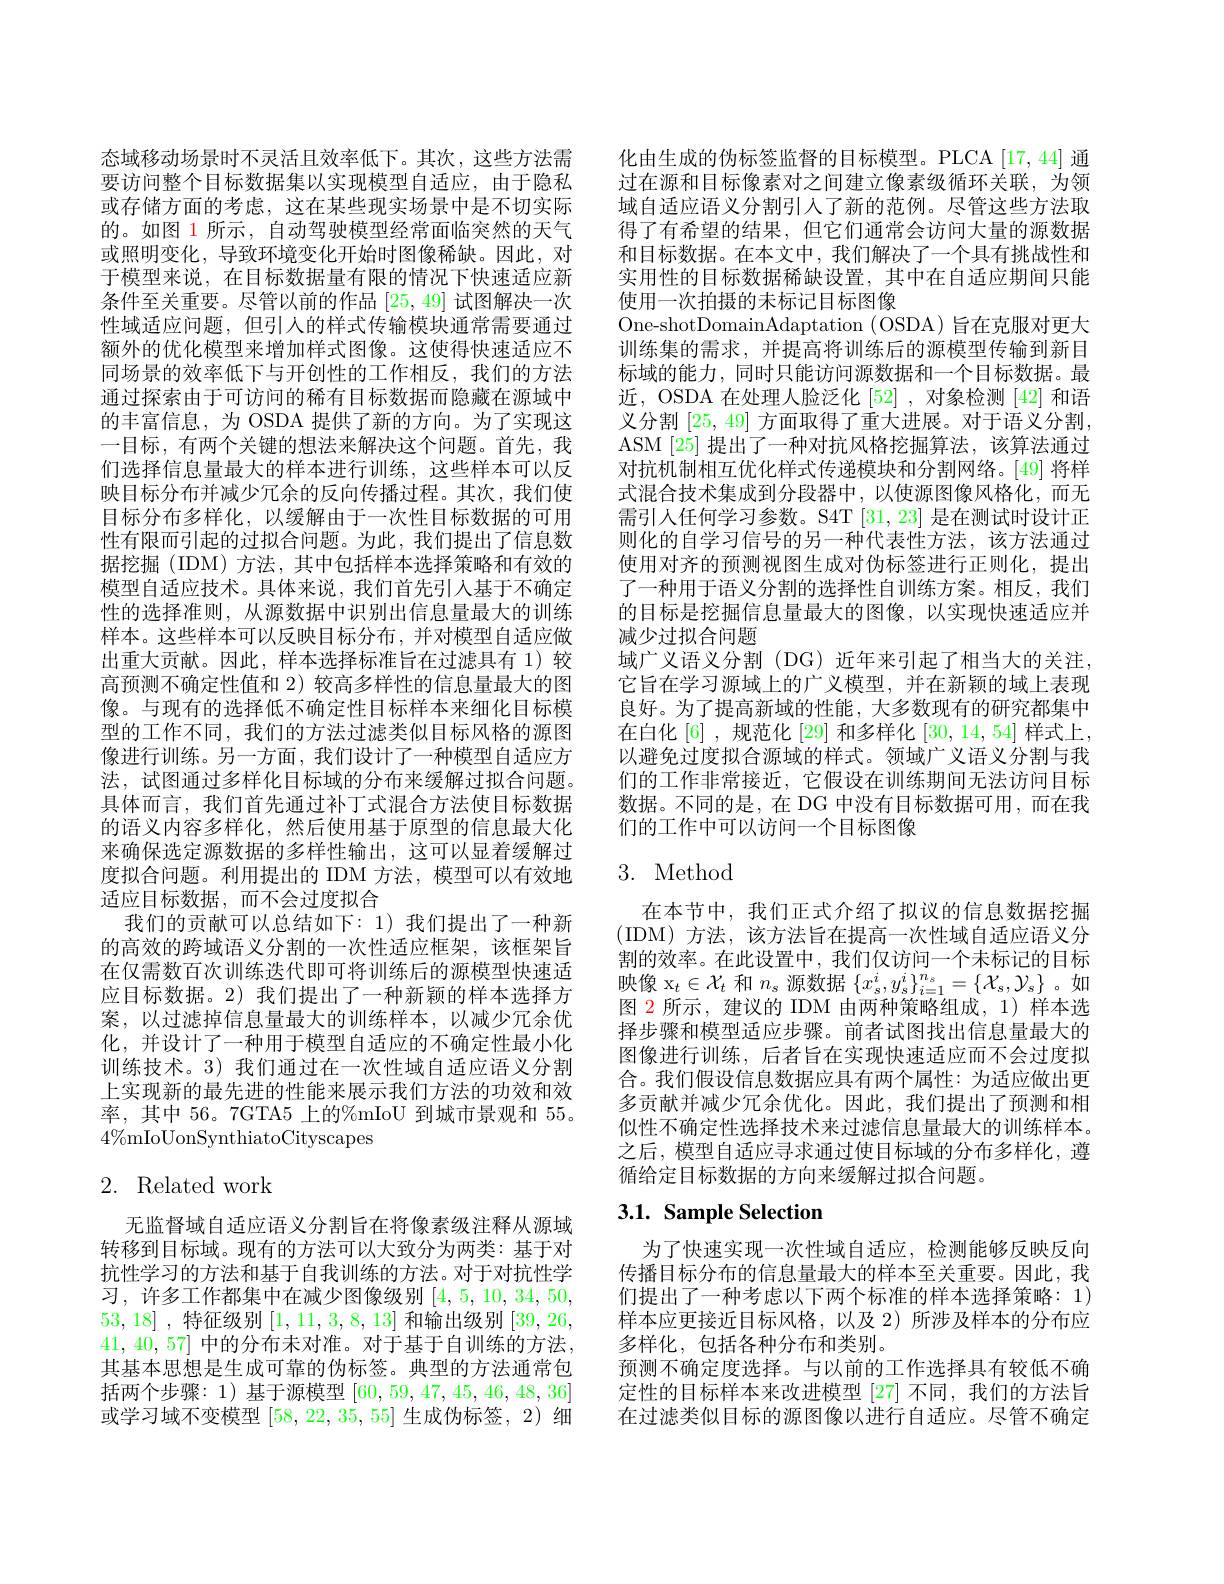
态域移动场景时不灵活且效率低下。其次，这些方法需要访问整个目标数据集以实现模型自适应，由于隐私或存储方面的考虑，这在某些现实场景中是不切实际的。如图 1 所示，自动驾驶模型经常面临突然的天气或照明变化，导致环境变化开始时图像稀缺。因此，对于模型来说，在目标数据量有限的情况下快速适应新条件至关重要。尽管以前的作品[25,49]试图解决一次性域适应问题，但引人的样式传输模块通常需要通过额外的优化模型来增加样式图像。这使得快速适应不同场景的效率低下与开创性的工作相反，我们的方法通过探索由于可访问的稀有目标数据而隐藏在源域中的丰富信息，为 OSDA 提供了新的方向。为了实现这一目标，有两个关键的想法来解决这个问题。首先，我们选择信息量最大的样本进行训练，这些样本可以反映目标分布并减少冗余的反向传播过程。其次，我们使目标分布多样化，以缓解由于一次性目标数据的可用性有限而引起的过拟合问题。为此，我们提出了信息数据挖掘(IDM)方法，其中包括样本选择策略和有效的模型自适应技术。具体来说，我们首先引入基于不确定性的选择准则，从源数据中识别出信息量最大的训练样本。这些样本可以反映目标分布，并对模型自适应做出重大贡献。因此，样本选择标准旨在过滤具有 1)较高预测不确定性值和 2) 较高多样性的信息量最大的图像。与现有的选择低不确定性目标样本来细化目标模型的工作不同，我们的方法过滤类似目标风格的源图像进行训练。另一方面，我们设计了一种模型自适应方法，试图通过多样化目标域的分布来缓解过拟合问题。具体而言，我们首先通过补丁式混合方法使目标数据的语义内容多样化，然后使用基于原型的信息最大化来确保选定源数据的多样性输出，这可以显着缓解过度拟合问题。利用提出的 IDM 方法，模型可以有效地适应目标数据，而不会过度拟合
我们的贡献可以总结如下：1)我们提出了一种新的高效的跨域语义分割的一次性适应框架，该框架旨在仅需数百次训练迭代即可将训练后的源模型快速适应目标数据。2) 我们提出了一种新颖的样本选择方案，以过滤掉信息量最大的训练样本，以减少冗余优化，并设计了一种用于模型自适应的不确定性最小化训练技术。3) 我们通过在一次性域自适应语义分割上实现新的最先进的性能来展示我们方法的功效和效率，其中 56。7GTA5 上的%mIoU 到城市景观和 55。$4\%$mIoUonSynthiatoCityscapes

# 2. Related work

无监督域自适应语义分割旨在将像素级注释从源域转移到目标域。现有的方法可以大致分为两类：基于对抗性学习的方法和基于自我训练的方法。对于对抗性学习，许多工作都集中在减少图像级别[4,5,10,34,50, 53,18] ,特征级别[1,11,3,8,13]和输出级别[39,26, 41, 40, 57] 中的分布未对准。对于基于自训练的方法， 其基本思想是生成可靠的伪标签。典型的方法通常包括 两 个 步 骤 : 1) 基 于 源 模 型 [60,59,47,45,46,48,36] 或学习域不变模型[58,22,35,55]生成伪标签，2)细

化由生成的伪标签监督的目标模型。PLCA[17,44] 通过在源和目标像素对之间建立像素级循环关联，为领域自适应语义分割引人了新的范例。尽管这些方法取得了有希望的结果，但它们通常会访问大量的源数据和目标数据。在本文中，我们解决了一个具有挑战性和实用性的目标数据稀缺设置，其中在自适应期间只能使用一次拍摄的未标记目标图像
One-shotDomainAdaptation ( OSDA) 旨在克服对更大训练集的需求，并提高将训练后的源模型传输到新目标域的能力，同时只能访问源数据和一个目标数据。最近，OSDA 在处理人脸泛化[52] ,对象检测[42]和语义分割 [25,49] 方面取得了重大进展。对于语义分割， ASM [25] 提出了一种对抗风格挖掘算法，该算法通过对抗机制相互优化样式传递模块和分割网络。[49] 将样式混合技术集成到分段器中，以使源图像风格化，而无需引人任何学习参数。S4T[31,23] 是在测试时设计正则化的自学习信号的另一种代表性方法，该方法通过使用对齐的预测视图生成对伪标签进行正则化，提出了一种用于语义分割的选择性自训练方案。相反，我们的目标是挖掘信息量最大的图像，以实现快速适应并减少过拟合问题
域广义语义分割(DG)近年来引起了相当大的关注， 它旨在学习源域上的广义模型，并在新颖的域上表现良好。为了提高新域的性能，大多数现有的研究都集中在白化[6] ,规范化[29]和多样化[30,14,54]样式上， 以避免过度拟合源域的样式。领域广义语义分割与我们的工作非常接近，它假设在训练期间无法访问目标数据。不同的是，在 DG 中没有目标数据可用，而在我们的工作中可以访问一个目标图像

# 3. Method

在本节中，我们正式介绍了拟议的信息数据挖掘(IDM)方法，该方法旨在提高一次性域自适应语义分割的效率。在此设置中，我们仅访问一个未标记的目标映像$\mathrm{x}_t\in\mathcal{X}_t$和$n_s$源数据$\{x_s^i,y_s^i\}_{i=1}^{n_s}=\{\mathcal{X}_s,\mathcal{Y}_s\}$ 。如图 2 所示，建议的 IDM 由两种策略组成，1) 样本选择步骤和模型适应步骤。前者试图找出信息量最大的图像进行训练，后者旨在实现快速适应而不会过度拟合。我们假设信息数据应具有两个属性：为适应做出更多贡献并减少冗余优化。因此，我们提出了预测和相似性不确定性选择技术来过滤信息量最大的训练样本。之后，模型自适应寻求通过使目标域的分布多样化，遵循给定目标数据的方向来缓解过拟合问题。

## $3. 1. \textbf{ Sample Selection}$

为了快速实现一次性域自适应，检测能够反映反向传播目标分布的信息量最大的样本至关重要。因此，我们提出了一种考虑以下两个标准的样本选择策略：1) 样本应更接近目标风格，以及 2)所涉及样本的分布应多样化，包括各种分布和类别。
预测不确定度选择。与以前的工作选择具有较低不确定性的目标样本来改进模型[27]不同，我们的方法旨在过滤类似目标的源图像以进行自适应。尽管不确定